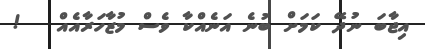
އިޖާބަ ނުދޭ ކަމަށް ބުނެ އަނެއްކާ ވެސް މުޒާހަރާއެއް   !